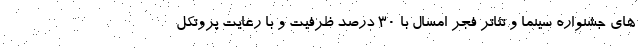
های جشنواره سینما و تئاتر فجر امسال با ۳۰ درصد ظرفیت و با رعایت پروتکل